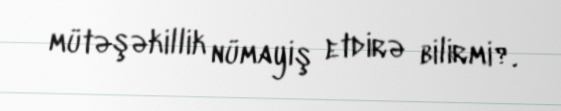
mütəşəkillik nümayiş etdirə bilirmi?.